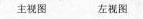
主视图左视图